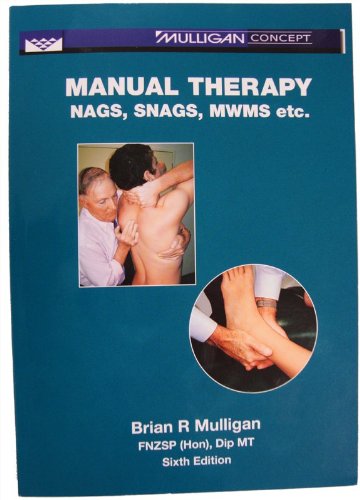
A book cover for Manual Therapy: Nags, Snags, MWMs, etc - 6th Edition (853-6); Brian R Mulligan; Medical Books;